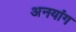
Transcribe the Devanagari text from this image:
अनयांग